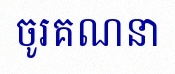
ចូរគណនា